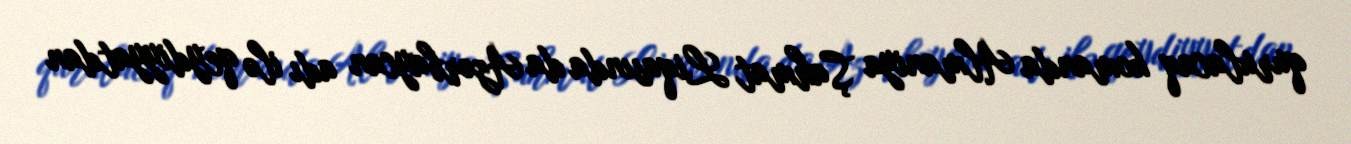
qurulacaq komanda Almaniya Şahmat Liqasında da Azərbaycan adı ilə qeydiyyatdan